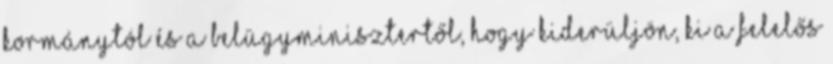
kormánytól és a belügyminisztertől, hogy kiderüljön, ki a felelős